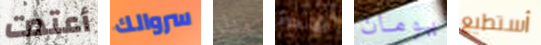
أعتدت سروالك منذ الأنحاء يومان أستطيع